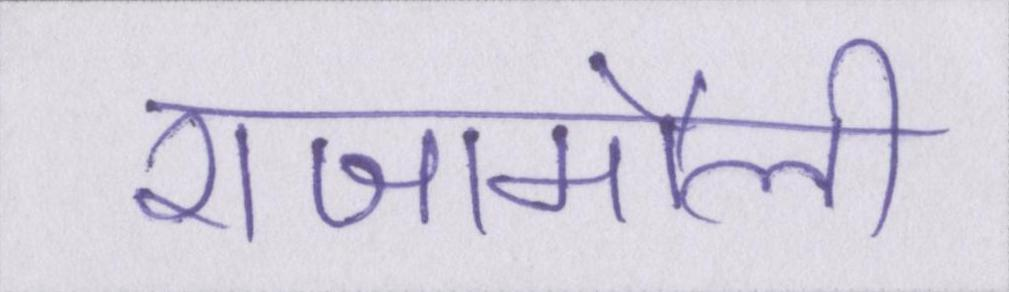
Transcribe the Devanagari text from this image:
राजामौली